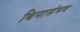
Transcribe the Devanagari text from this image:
बिनासंभव